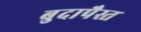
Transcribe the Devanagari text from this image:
बुदापैस्त